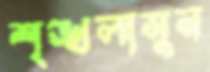
শৃঙ্খলাসুন